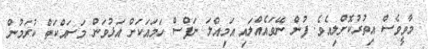
މާވީވެސް އިތުރުކޮށްލިއެވެ. ފުން ނޭވައެއްލައި އަމިއްލަ ނަފްސް ހަމައަކަށް އަޅުވަން މަސައްކަތް ކުރަމުން